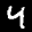
Label: 4